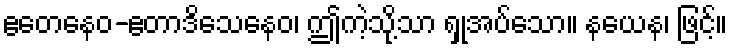
ဧတေနေဝ-ဧတာဒိသေနေဝ၊ ဤကဲ့သို့သာ ရှုအပ်သော။ နယေန၊ ဖြင့်။